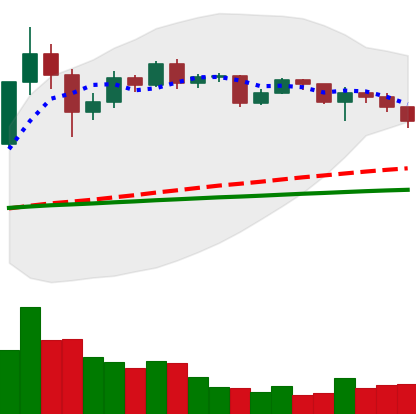
Ticker: XRP-USD
Chart end date: 2020-12-12
Forward return: 13.877%
Label: up_7plus